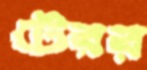
টেরর